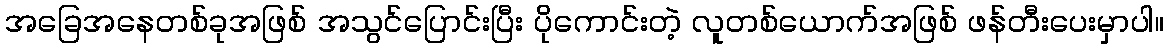
အခြေအနေတစ်ခုအဖြစ် အသွင်ပြောင်းပြီး ပိုကောင်းတဲ့ လူတစ်ယောက်အဖြစ် ဖန်တီးပေးမှာပါ။